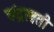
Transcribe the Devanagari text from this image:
चंद्रस्वती